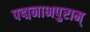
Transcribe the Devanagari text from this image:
पद्मनाभपुराम्